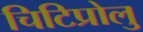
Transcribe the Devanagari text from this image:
चिटिप्रोलु